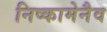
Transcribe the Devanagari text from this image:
निष्कामेनैव